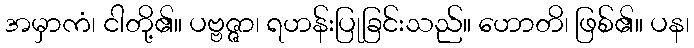
အမှာကံ၊ ငါတို့၏။ ပဗ္ဗဇ္ဇာ၊ ရဟန်းပြုခြင်းသည်။ ဟောတိ၊ ဖြစ်၏။ ပန၊